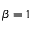
\beta = 1